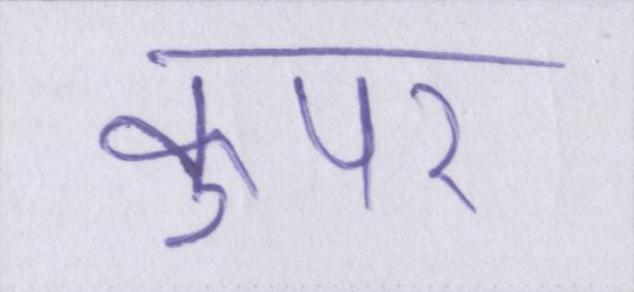
कुपर